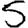
Digit: 5